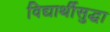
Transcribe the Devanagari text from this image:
विद्यार्थीसुद्धा